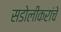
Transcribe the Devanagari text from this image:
सडोलीकरांचे